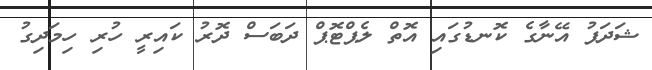
ޝަދަފު އޭނާގެ ކޮނޑުގައި އޮތް ލެޕްޓޮޕް ދަބަސް ދޮރު ކައިރީ ހުރި ހިމަދިގު